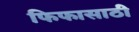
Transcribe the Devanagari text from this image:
फिफासाठी